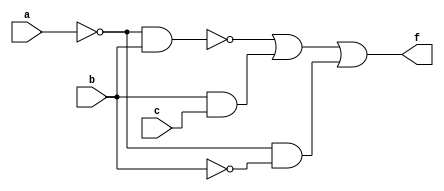
module boo_behave(input a,b,c,output reg f);
always @ (a,b,c)
begin
f=!(!a&&b)||(b&&c)||(!a&&!b);
end
endmodule